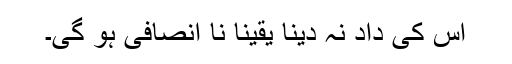
اس کی داد نہ دینا یقیناً نا انصافی ہو گی۔